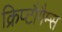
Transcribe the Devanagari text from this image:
क्रिप्टौगैम्स